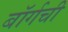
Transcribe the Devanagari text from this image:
बॉर्गची